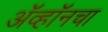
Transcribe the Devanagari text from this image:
ॲव्हॉनचा